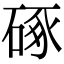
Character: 硺